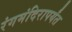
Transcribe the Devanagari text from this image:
रंगमंदिरापर्यंत